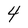
Character: 4